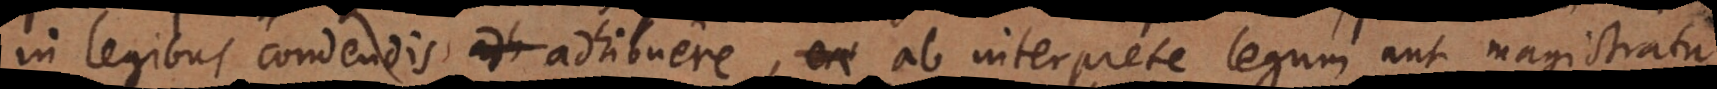
n legibus condendis adhibuere, ab interprete legum aut magistratu